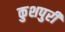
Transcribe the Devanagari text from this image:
कुशपुरी